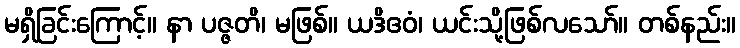
မရှိခြင်းကြောင့်။ နာ ပဇ္ဇတိ၊ မဖြစ်။ ယဒိဧဝံ၊ ယင်းသို့ဖြစ်လသော်။ တစ်နည်း။